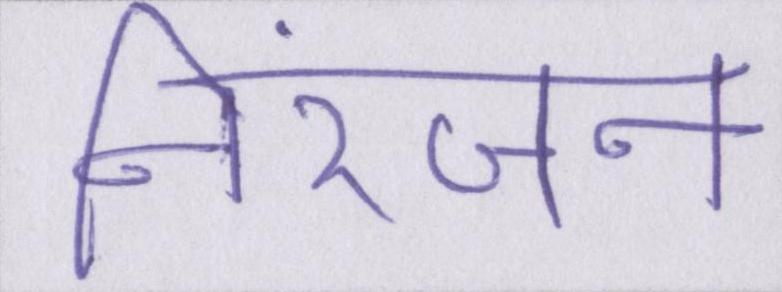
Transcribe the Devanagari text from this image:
निरंजन